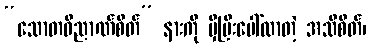
“သောတဝိညာဏ်စိတ်” နားကို မှီပြီးပေါ်လာတဲ့ အသိစိတ်၊